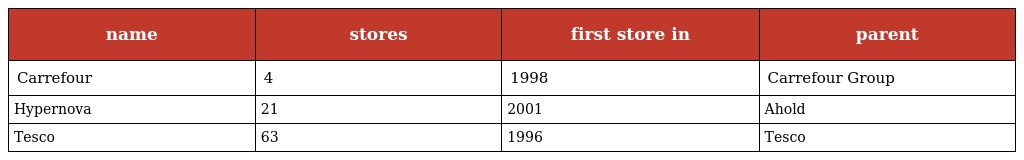
| name | stores | first store in | parent |
 | --- | --- | --- | --- |
 | Carrefour | 4 | 1998 | Carrefour Group |
 | Hypernova | 21 | 2001 | Ahold |
 | Tesco | 63 | 1996 | Tesco |